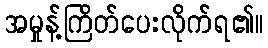
အမှုန့်ကြိတ်ပေးလိုက်ရ၏။